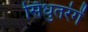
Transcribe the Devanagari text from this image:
सिधुतरंगें